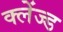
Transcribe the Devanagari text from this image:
क्लेंज्ड